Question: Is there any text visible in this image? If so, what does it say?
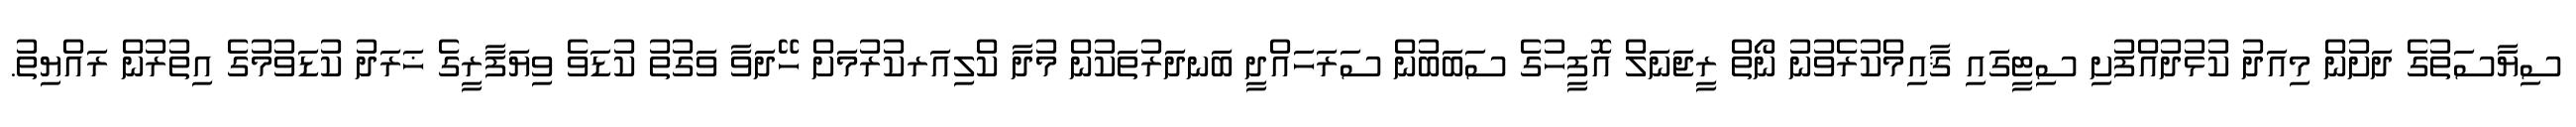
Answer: ސިޔާސަތުގެ ދަށުން މިއަދު ކުޅުދުއްފުށި ސިޓީގައި ޤާއިމްކުރެވުނު ނޯތް ރީޖަނަލް އޮފީހުގެ ސަބަބުން ސަރަހައްދީ ބަނދަރުތަކުން މުދާ ކްލިއަރކުރުމަށް ހޭދަވާ ވަގުތު ކުޑަވެ ވިޔަފާރީގެ ޚަރަދު ކުޑަވުމުގެ އިތުރުން ރައްޔިތު.